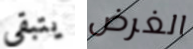
يتبقى الغرض